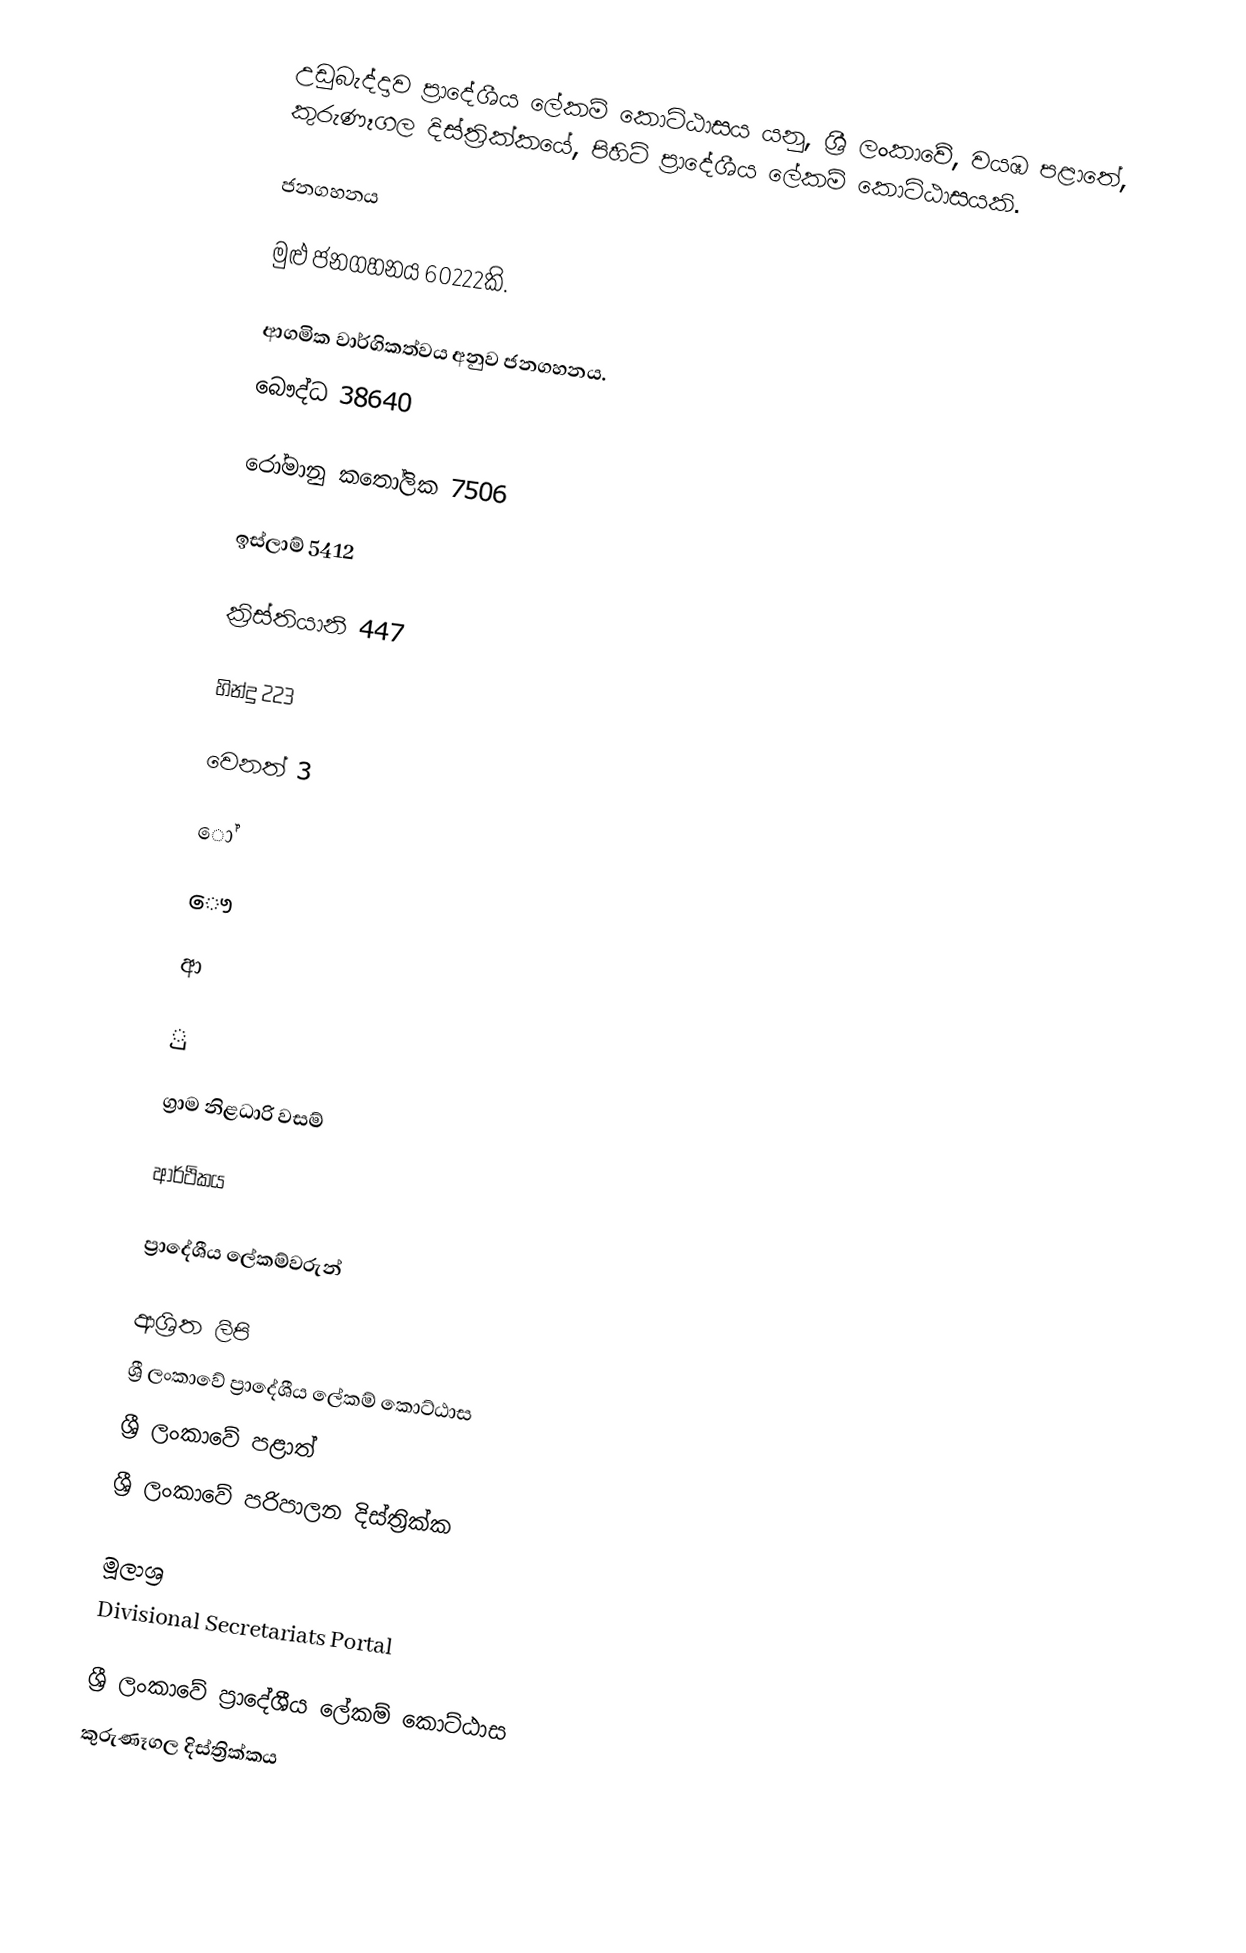
උඩුබැද්දාව ප්‍රාදේශීය ලේකම් කොට්ඨාසය යනු,  ශ්‍රී ලංකාවේ, වයඹ පළාතේ,   කුරුණෑගල දිස්ත්‍රික්කයේ, පිහිටි ප්‍රාදේශීය ලේකම් කොට්ඨාසයකි.

ජනගහනය

මුළු ජනගහනය 60222කි.

ආගමික වාර්ගිකත්වය අනුව ජනගහනය.
බෞද්ධ                      38640

රෝමානු කතෝලික   7506

ඉස්ලාම්                        5412

ක්‍රිස්තියානි                     447

හින්දු                               223

වෙනත්                                3

ෝ

ෞ

ආ

ු

ග්‍රාම නිළධාරි වසම්

ආර්ථිකය

ප්‍රාදේශීය ලේකම්වරුන්

ආශ්‍රිත ලිපි
ශ්‍රී ලංකාවේ ප්‍රාදේශීය ලේකම් කොට්ඨාස
ශ්‍රී ලංකාවේ පළාත්
ශ්‍රී ලංකාවේ පරිපාලන දිස්ත්‍රික්ක

මූලාශ්‍ර
 Divisional Secretariats Portal

ශ්‍රී ලංකාවේ ප්‍රාදේශීය ලේකම් කොට්ඨාස
කුරුණෑගල දිස්ත්‍රික්කය